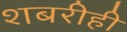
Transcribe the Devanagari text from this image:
शबरीही